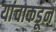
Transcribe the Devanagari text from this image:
यांचाकडून